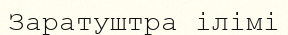
Заратуштра ілімі